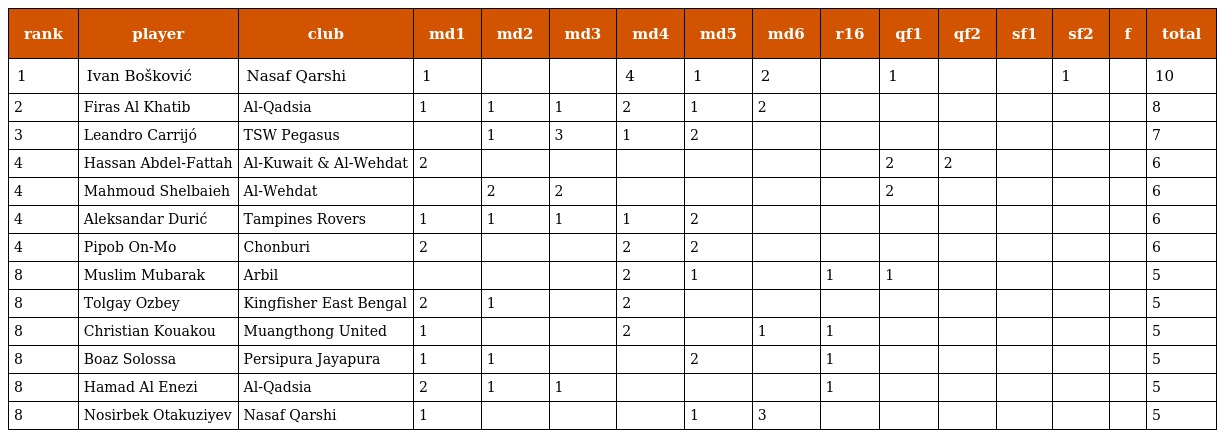
| rank | player | club | md1 | md2 | md3 | md4 | md5 | md6 | r16 | qf1 | qf2 | sf1 | sf2 | f | total |
 | --- | --- | --- | --- | --- | --- | --- | --- | --- | --- | --- | --- | --- | --- | --- | --- |
 | 1 | Ivan Bošković | Nasaf Qarshi | 1 |  |  | 4 | 1 | 2 |  | 1 |  |  | 1 |  | 10 |
 | 2 | Firas Al Khatib | Al-Qadsia | 1 | 1 | 1 | 2 | 1 | 2 |  |  |  |  |  |  | 8 |
 | 3 | Leandro Carrijó | TSW Pegasus |  | 1 | 3 | 1 | 2 |  |  |  |  |  |  |  | 7 |
 | 4 | Hassan Abdel-Fattah | Al-Kuwait & Al-Wehdat | 2 |  |  |  |  |  |  | 2 | 2 |  |  |  | 6 |
 | 4 | Mahmoud Shelbaieh | Al-Wehdat |  | 2 | 2 |  |  |  |  | 2 |  |  |  |  | 6 |
 | 4 | Aleksandar Durić | Tampines Rovers | 1 | 1 | 1 | 1 | 2 |  |  |  |  |  |  |  | 6 |
 | 4 | Pipob On-Mo | Chonburi | 2 |  |  | 2 | 2 |  |  |  |  |  |  |  | 6 |
 | 8 | Muslim Mubarak | Arbil |  |  |  | 2 | 1 |  | 1 | 1 |  |  |  |  | 5 |
 | 8 | Tolgay Ozbey | Kingfisher East Bengal | 2 | 1 |  | 2 |  |  |  |  |  |  |  |  | 5 |
 | 8 | Christian Kouakou | Muangthong United | 1 |  |  | 2 |  | 1 | 1 |  |  |  |  |  | 5 |
 | 8 | Boaz Solossa | Persipura Jayapura | 1 | 1 |  |  | 2 |  | 1 |  |  |  |  |  | 5 |
 | 8 | Hamad Al Enezi | Al-Qadsia | 2 | 1 | 1 |  |  |  | 1 |  |  |  |  |  | 5 |
 | 8 | Nosirbek Otakuziyev | Nasaf Qarshi | 1 |  |  |  | 1 | 3 |  |  |  |  |  |  | 5 |